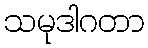
သမုဒါဂတာ